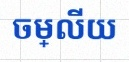
ចម្លើយ